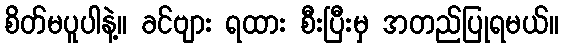
စိတ်မပူပါနဲ့။ ခင်ဗျား ရထား စီးပြီးမှ အတည်ပြုရမယ်။